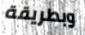
وبطريقة